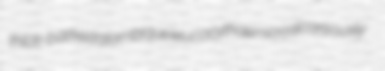
thick-barked alambique leucocythaemia calcareously